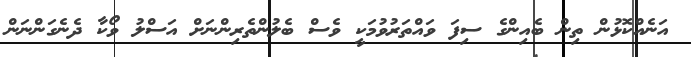
އަނެއްކޮޅުން ތިން ބެއިންގެ ސިފަ ވައްތަރުވުމަކީ ވެސް ބެލުންތެރިންނަށް އަސްލު ވޯކާ ދެނެގަންނަން